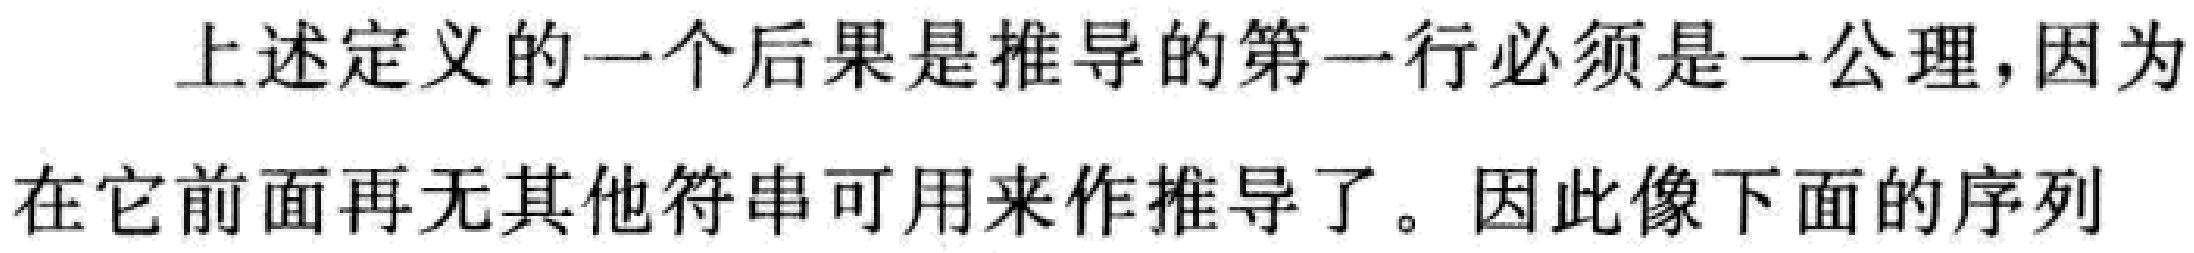
上述定义的一个后果是推导的第一行必须是一公理，因为在它前面再无其他符串可用来作推导了。因此像下面的序列